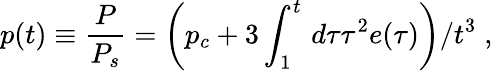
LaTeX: p(t)\equiv\frac{P}{P_{s}}=\left(p_{c}+3\int_{1}^{t}\, d\tau\tau^{2}e(\tau)\right)/t^{3}\; ,